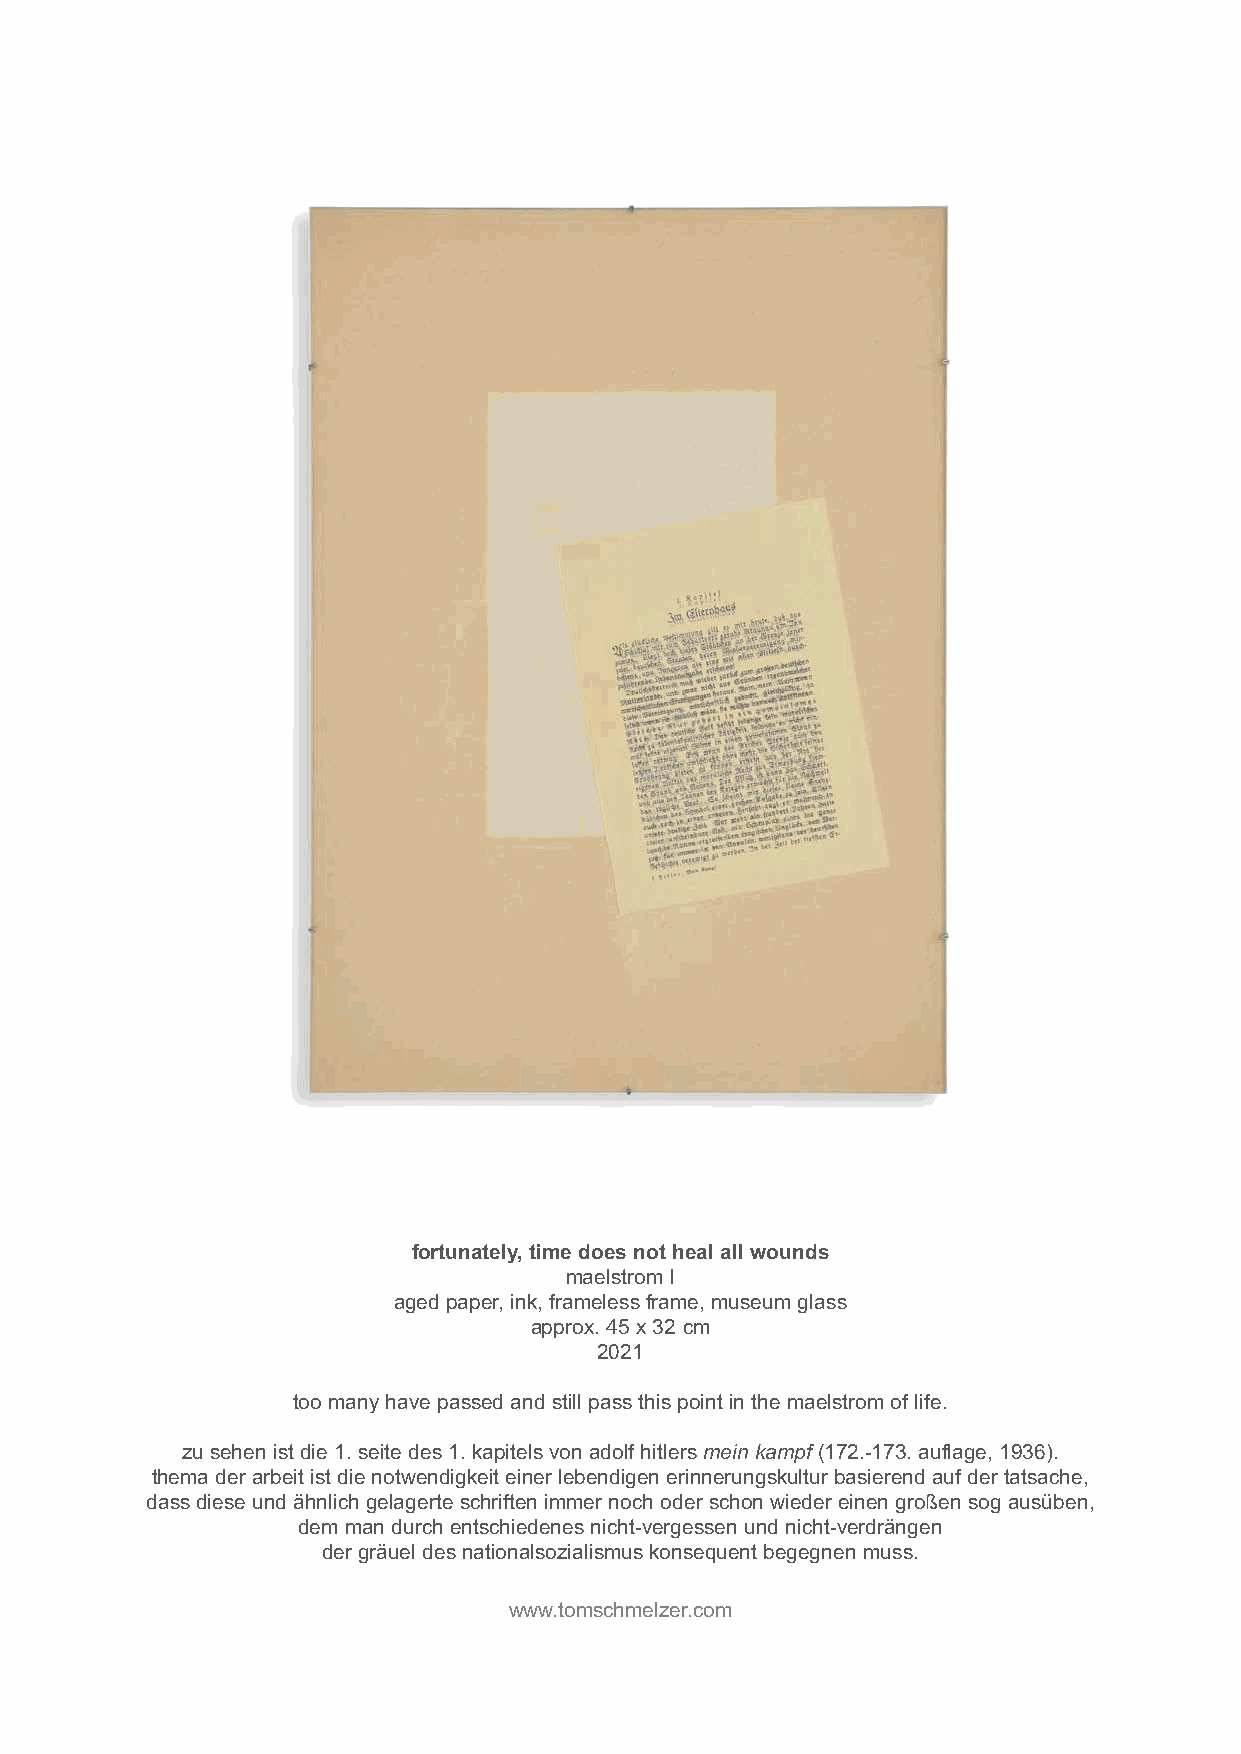
fortunately, time does not heal all wounds
 maelstrom I
 aged paper, ink, frameless frame, museum glass
 approx. 45 x 32 cm
 2021
 too many have passed and still pass this point in the maelstrom of life.
 zu sehen ist die 1. seite des 1. kapitels von adolf hitlers mein kampf (172.-173. auflage, 1936).
 thema der arbeit ist die notwendigkeit einer lebendigen erinnerungskultur basierend auf der tatsache,
 dass diese und ähnlich gelagerte schriften immer noch oder schon wieder einen großen sog ausüben,
 dem man durch entschiedenes nicht-vergessen und nicht-verdrängen
 der gräuel des nationalsozialismus konsequent begegnen muss.
 www.tomschmelzer.com